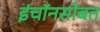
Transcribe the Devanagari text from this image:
इंचॉनसोबत